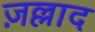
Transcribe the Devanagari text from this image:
ज़ल्लाद